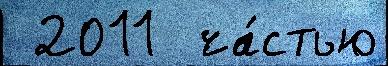
 2011  ча́стью